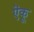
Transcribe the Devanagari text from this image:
ऎकू